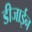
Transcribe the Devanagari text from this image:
डीजाईन